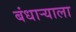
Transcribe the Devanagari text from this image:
बंधार्‍याला